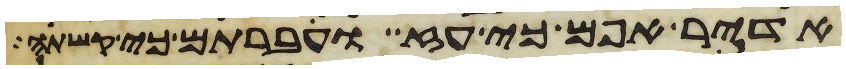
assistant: אדיר אפם כי עז וחברתם כי קשתה